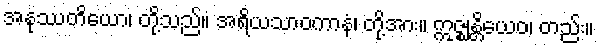
အနုဿတိယော၊ တို့သည်။ အရိယသာဝကာနံ၊ တို့အား။ ဣဇ္ဈန္တိယေဝ၊ တည်း။